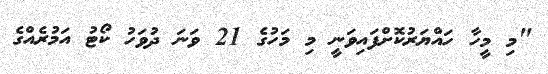
"މި މީހާ ހައްޔަރުކޮށްފައިވަނީ މި މަހުގެ 21 ވަނަ ދުވަހު ކޯޓު އަމުރެއްގެ